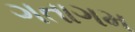
ગતાગમ